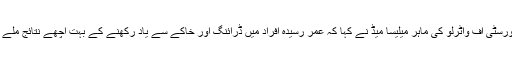
یونیورسٹی آف واٹرلو کی ماہر میلیسا میِڈ نے کہا کہ عمر رسیدہ افراد میں ڈرائنگ اور خاکے سے یاد رکھنے کے بہت اچھے نتائج ملے ہیں۔